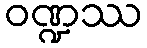
ဝဏ္ဍဿ